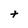
Character: t